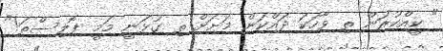
" ކީއްކުރަން ތި ވާހަކަ ދައްކަން މަށަށް ތި ގުޅަނީ މަމީ ޕޮލިސްތަ!"